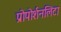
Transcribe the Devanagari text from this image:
प्रोपोर्शनलिटा